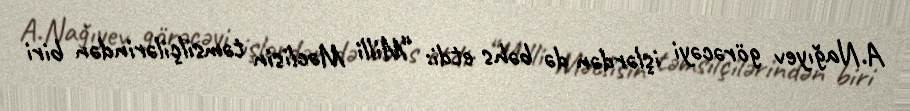
A.Nağıyev görəcəyi işlərdən də bəhs etdi: “Milli Məclisin təmsilçilərindən biri